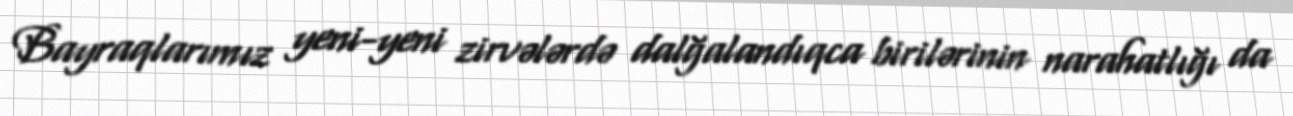
Bayraqlarımız yeni-yeni zirvələrdə dalğalandıqca birilərinin narahatlığı da